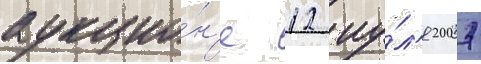
аукцио́н'е 12 иу́л'я 2007